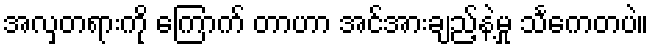
အလှတရားကို ကြောက် တာဟာ အင်အားချည့်နဲ့မှု သင်္ကေတပဲ။